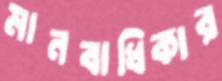
মানবাধিকার